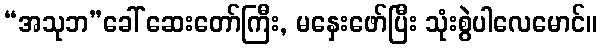
“အသုဘ”ခေါ် ဆေးတော်ကြီး, မနှေးဖော်ပြီး သုံးစွဲပါလေမောင်။